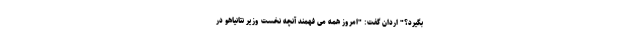
بگیرد؟" اردان گفت: "امروز همه می فهمند آنچه نخست وزیر نتانیاهو در